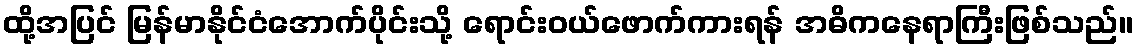
ထို့အပြင် မြန်မာနိုင်ငံအောက်ပိုင်းသို့ ရောင်းဝယ်ဖောက်ကားရန် အဓိကနေရာကြီးဖြစ်သည်။